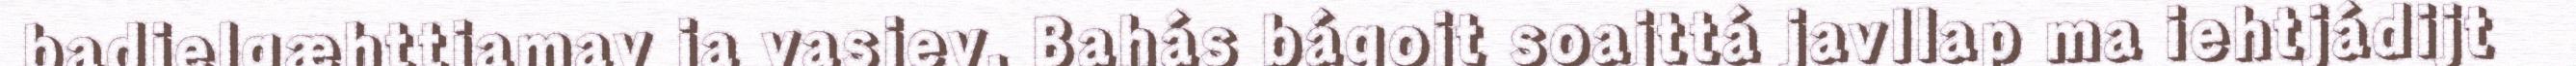
badjelgæhttjamav ja vasjev. Bahás bágojt soajttá javllap ma iehtjádijt